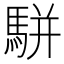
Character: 駢